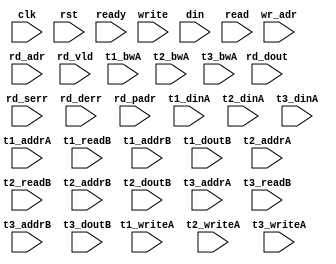
module algo_1r2w_a663_sva_wrap
#(parameter IP_WIDTH = 32, parameter IP_BITWIDTH = 5, parameter IP_DECCBITS = 7, parameter IP_NUMADDR = 8192, parameter IP_BITADDR = 13, 
parameter IP_NUMVBNK = 4,	parameter IP_BITVBNK = 2, parameter IP_BITPBNK = 3,
parameter IP_ENAECC = 0, parameter IP_ENAPAR = 0, parameter IP_SECCBITS = 4, parameter IP_SECCDWIDTH = 3, 
parameter FLOPECC = 0, parameter FLOPIN = 0, parameter FLOPOUT = 0, parameter FLOPCMD = 0, parameter FLOPMEM = 0,

parameter T1_WIDTH = 32, parameter T1_NUMVBNK = 11, parameter T1_BITVBNK = 5, parameter T1_DELAY = 1, parameter T1_NUMVROW = 745, parameter T1_BITVROW = 10,
parameter T1_BITWSPF = 0, parameter T1_NUMWRDS = 1, parameter T1_BITWRDS = 1, parameter T1_NUMSROW = 745, parameter T1_BITSROW = 10, parameter T1_PHYWDTH = 32, 
parameter T2_WIDTH = 71, parameter T2_NUMVBNK = 2, parameter T2_BITVBNK = 1, parameter T2_DELAY = 1, parameter T2_NUMVROW = 745, parameter T2_BITVROW = 10,
parameter T2_BITWSPF = 0, parameter T2_NUMWRDS = 1, parameter T2_BITWRDS = 1, parameter T2_NUMSROW = 745, parameter T2_BITSROW = 10, parameter T2_PHYWDTH = 71,
parameter T3_WIDTH = 15, parameter T3_NUMVBNK = 3, parameter T3_BITVBNK = 2, parameter T3_DELAY = 1, parameter T3_NUMVROW = 745, parameter T3_BITVROW = 10,
parameter T3_BITWSPF = 0, parameter T3_NUMWRDS = 1, parameter T3_BITWRDS = 1, parameter T3_NUMSROW = 745, parameter T3_BITSROW = 10, parameter T3_PHYWDTH = 15)

( clk,  rst,  ready, 
 write,  wr_adr,  din,
 read,  rd_adr,  rd_dout,  rd_vld,  rd_serr,  rd_derr,  rd_padr,
 t1_writeA,  t1_addrA,  t1_dinA,  t1_bwA,
 t1_readB,  t1_addrB,  t1_doutB,
 t2_writeA,  t2_addrA,  t2_dinA,  t2_bwA,
 t2_readB,  t2_addrB,  t2_doutB,
 t3_writeA, t3_addrA,  t3_dinA,  t3_bwA,
 t3_readB,  t3_addrB,  t3_doutB); 
 
 
  parameter WIDTH = IP_WIDTH;
  parameter BITWDTH = IP_BITWIDTH;
  parameter ENAPAR = IP_ENAPAR;
  parameter ENAECC = IP_ENAECC;
  parameter ECCWDTH = IP_DECCBITS;
  parameter MEMWDTH = ENAPAR ? WIDTH+1 : ENAECC ? WIDTH+ECCWDTH : WIDTH;
  parameter NUMADDR = IP_NUMADDR;
  parameter BITADDR = IP_BITADDR;
  parameter NUMRDPT = 1;
  parameter NUMVROW = T1_NUMVROW;
  parameter BITVROW = T1_BITVROW;
  parameter NUMVBNK = IP_NUMVBNK;
  parameter BITVBNK = IP_BITVBNK;
  parameter BITPBNK = IP_BITPBNK;
  parameter NUMWRDS = T1_NUMWRDS;      // ALIGN Parameters
  parameter BITWRDS = T1_BITWRDS;
  parameter NUMSROW = T1_NUMSROW;
  parameter BITSROW = T1_BITSROW;
  parameter PHYWDTH = NUMWRDS*MEMWDTH;
  parameter ECCBITS = IP_SECCBITS;
  parameter SRAM_DELAY = T1_DELAY;
	
  parameter BITPADR = BITPBNK+BITSROW+BITWRDS+1;

  parameter SDOUT_WIDTH = 2*(BITVBNK+1)+ECCBITS;
  parameter CDOUT_WIDTH = 2*WIDTH+ECCWDTH;

  input [2-1:0]                        write;
  input [2*BITADDR-1:0]                wr_adr;
  input [2*WIDTH-1:0]                  din;

  input [NUMRDPT-1:0]                  read;
  input [NUMRDPT*BITADDR-1:0]          rd_adr;
  input [NUMRDPT-1:0]                 rd_vld;
  input [NUMRDPT*WIDTH-1:0]           rd_dout;
  input [NUMRDPT-1:0]                 rd_serr;
  input [NUMRDPT-1:0]                 rd_derr;
  input [NUMRDPT*BITPADR-1:0]         rd_padr;

  input                               ready;
  input                                clk, rst;

  input [NUMRDPT*NUMVBNK-1:0] t1_writeA;
  input [NUMRDPT*NUMVBNK*BITSROW-1:0] t1_addrA;
  input [NUMRDPT*NUMVBNK*PHYWDTH-1:0] t1_bwA;
  input [NUMRDPT*NUMVBNK*PHYWDTH-1:0] t1_dinA;

  input [NUMRDPT*NUMVBNK-1:0] t1_readB;
  input [NUMRDPT*NUMVBNK*BITSROW-1:0] t1_addrB;
  input [NUMRDPT*NUMVBNK*PHYWDTH-1:0] t1_doutB;

  input [(NUMRDPT+1)-1:0] t2_writeA;
  input [(NUMRDPT+1)*BITVROW-1:0] t2_addrA;
  input [(NUMRDPT+1)*CDOUT_WIDTH-1:0] t2_dinA;
  input [(NUMRDPT+1)*CDOUT_WIDTH-1:0] t2_bwA;
  input [(NUMRDPT+1)-1:0] t2_readB;
  input [(NUMRDPT+1)*BITVROW-1:0] t2_addrB;
  input [(NUMRDPT+1)*CDOUT_WIDTH-1:0] t2_doutB;

  input [(NUMRDPT+2)-1:0] t3_writeA;
  input [(NUMRDPT+2)*BITVROW-1:0] t3_addrA;
  input [(NUMRDPT+2)*SDOUT_WIDTH-1:0] t3_dinA;
  input [(NUMRDPT+2)*SDOUT_WIDTH-1:0] t3_bwA;
  input [(NUMRDPT+2)-1:0] t3_readB;
  input [(NUMRDPT+2)*BITVROW-1:0] t3_addrB;
  input [(NUMRDPT+2)*SDOUT_WIDTH-1:0] t3_doutB;

endmodule